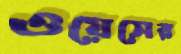
ওয়েসের